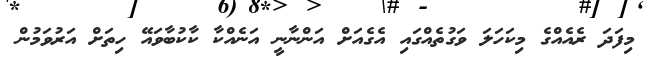
މިފަދަ ރެއެއްގެ މިކަހަލަ ވަގުތެއްގައި އެގެއަށް އަންނާނީ އަނެއްކާ ކާކުބާވައޭ ހިތަށް އަރުވަމުން